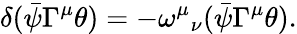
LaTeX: \delta(\bar{\psi}\Gamma^{\mu}\theta)=-{\omega^{\mu}}_{\nu}(\bar{\psi}\Gamma^{\mu}\theta).